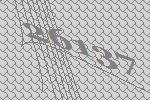
26137